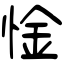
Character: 惍